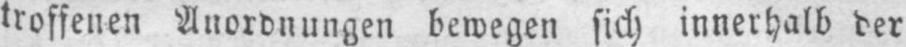
troffenen Anordnungen bewegen sich innerhalb der